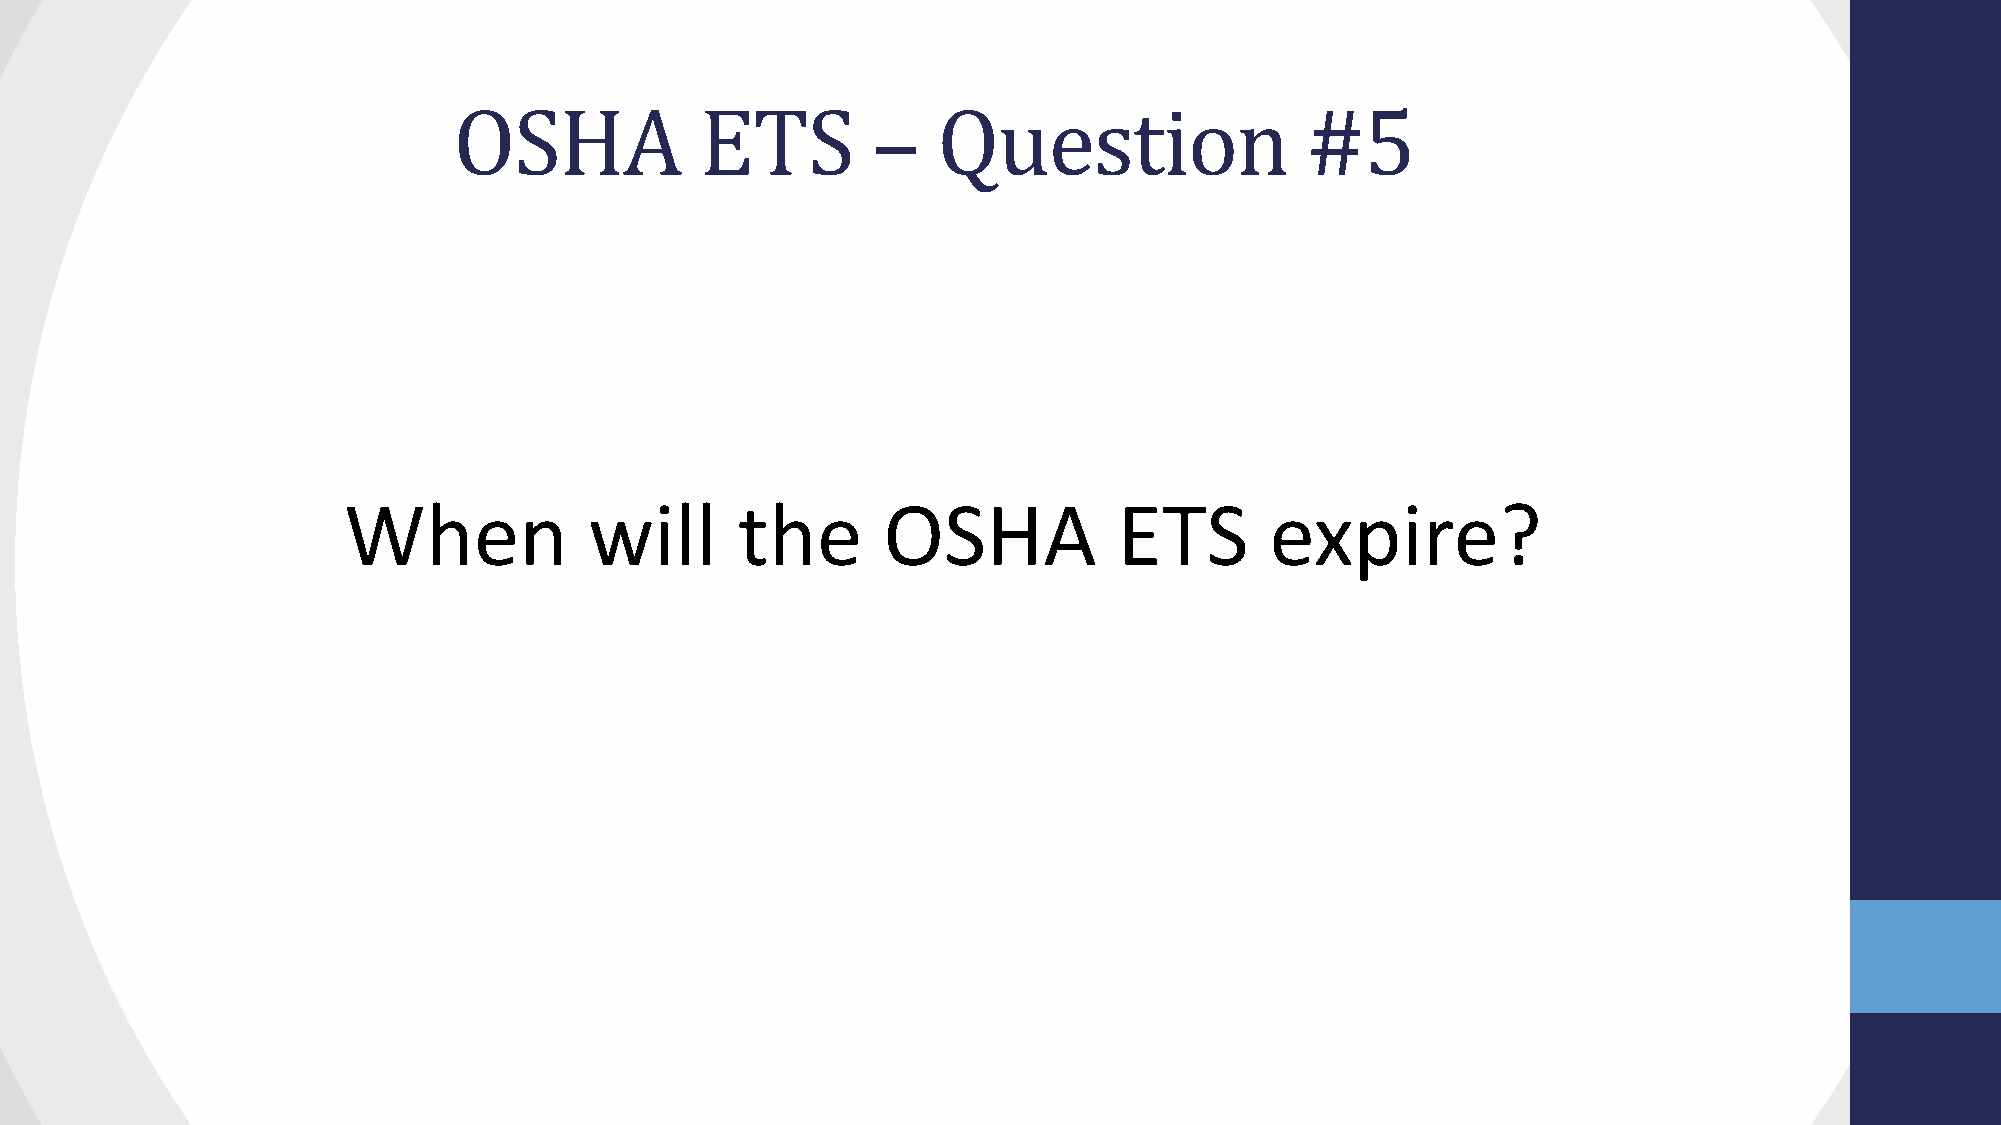
OSHA            ETS         –   Question                #5
 When            will      the      OSHA            ETS       expire?